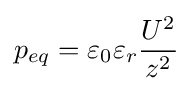
p_{eq}=\varepsilon _{0}\varepsilon _{r}{\frac {U^{2}}{z^{2}}}